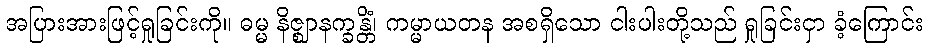
အပြားအားဖြင့်ရှုခြင်းကို။ ဓမ္မ နိဇ္ဈာနက္ခန္တိံ၊ ကမ္မာယတန အစရှိသော ငါးပါးတို့သည် ရှုခြင်းငှာ ခံ့ကြောင်း